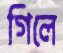
গিলে